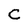
Character: C